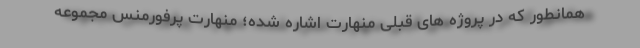
همانطور که در پروژه های قبلی منهارت اشاره شده؛ منهارت پرفورمنس مجموعه